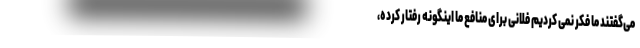
می‌گفتند ما فکر نمی کردیم فلانی برای منافع ما اینگونه رفتار کرده،